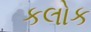
કલોક